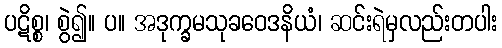
ပဋိစ္စ၊ စွဲ၍။ ပ။ အဒုက္ခမသုခဝေဒနိယံ၊ ဆင်းရဲမှလည်းတပါး